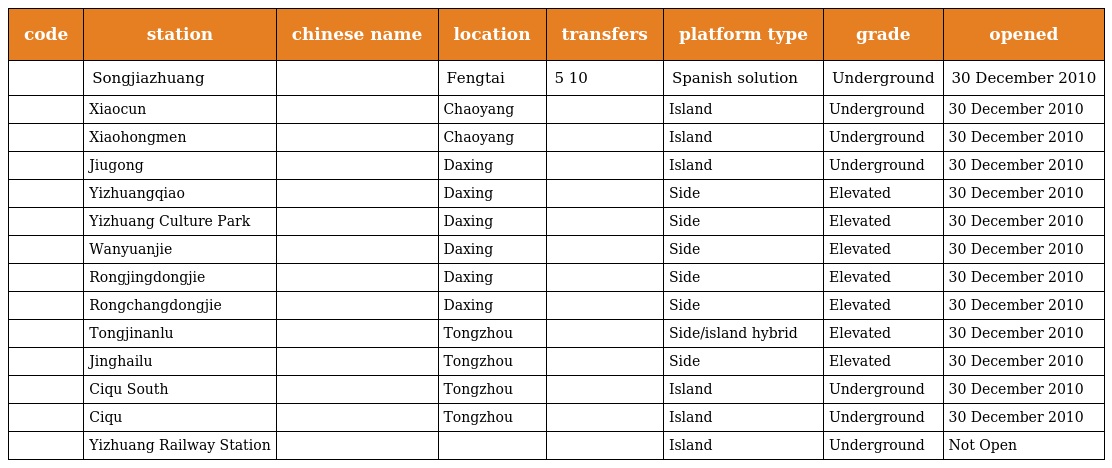
| code | station | chinese name | location | transfers | platform type | grade | opened |
 | --- | --- | --- | --- | --- | --- | --- | --- |
 |  | Songjiazhuang | 宋家庄 | Fengtai | 5 10 | Spanish solution | Underground | 30 December 2010 |
 |  | Xiaocun | 肖村 | Chaoyang |  | Island | Underground | 30 December 2010 |
 |  | Xiaohongmen | 小红门 | Chaoyang |  | Island | Underground | 30 December 2010 |
 |  | Jiugong | 旧宫 | Daxing |  | Island | Underground | 30 December 2010 |
 |  | Yizhuangqiao | 亦庄桥 | Daxing |  | Side | Elevated | 30 December 2010 |
 |  | Yizhuang Culture Park | 亦庄文化园 | Daxing |  | Side | Elevated | 30 December 2010 |
 |  | Wanyuanjie | 万源街 | Daxing |  | Side | Elevated | 30 December 2010 |
 |  | Rongjingdongjie | 荣京东街 | Daxing |  | Side | Elevated | 30 December 2010 |
 |  | Rongchangdongjie | 荣昌东街 | Daxing |  | Side | Elevated | 30 December 2010 |
 |  | Tongjinanlu | 同济南路 | Tongzhou |  | Side/island hybrid | Elevated | 30 December 2010 |
 |  | Jinghailu | 经海路 | Tongzhou |  | Side | Elevated | 30 December 2010 |
 |  | Ciqu South | 次渠南 | Tongzhou |  | Island | Underground | 30 December 2010 |
 |  | Ciqu | 次渠 | Tongzhou |  | Island | Underground | 30 December 2010 |
 |  | Yizhuang Railway Station | 亦庄火车站 |  |  | Island | Underground | Not Open |